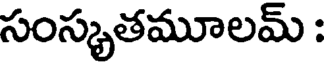
సంస్కృతమూలమ్ :